Annual administration report of the Civil Veterinary Department of India - 1896-1897
Year: 1896
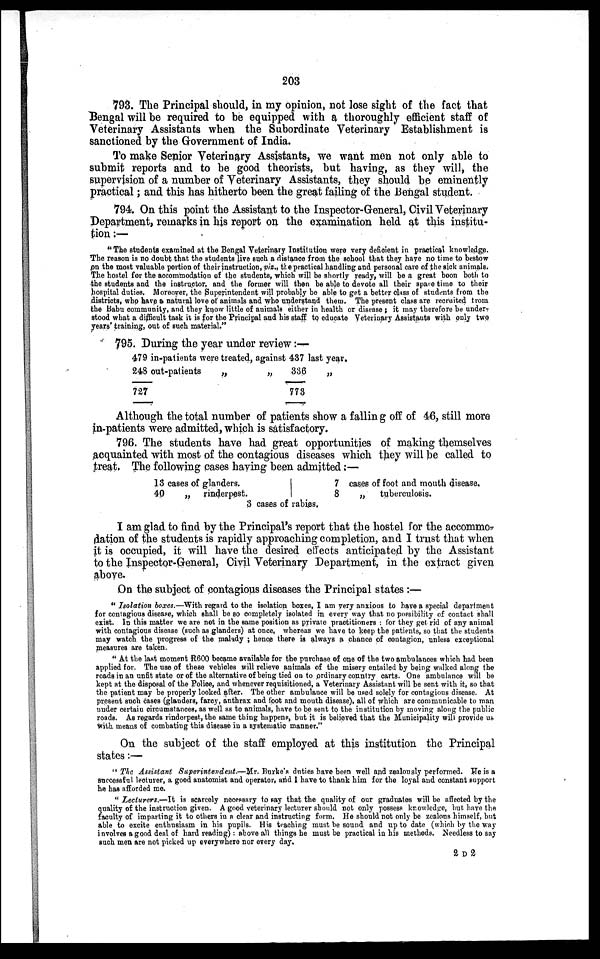
203
793. The Principal should, in my opinion, not lose sight of the fact that
Bengal will be required to be equipped with a thoroughly efficient staff of
Veterinary Assistants when the Subordinate Veterinary Establishment is
sanctioned by the Government of India.
To make Senior Veterinary Assistants, we want men not only able to
submit reports and to be good theorists, but having, as they will, the
supervision of a number of Veterinary Assistants, they should be eminently
practical; and this has hitherto been the great failing of the Bengal student.
794. On this point the Assistant to the Inspector-General, Civil Veterinary
Department, remarks in his report on the examination held at this institu-
tion :—
" The students examined at the Bengal Veterinary Institution were very deficient in practical knowledge.
The reason is no doubt that the students live such a distance from the school that they have no time to bestow
on the most valuable portion of their instruction, viz., the practical handling and personal care of the sick animals.
The hostel for the accommodation of the students, which will be shortly ready, will be a great boon both to
the students and the instructor, and the former will then be able to devote all their spare time to their
hospital duties. Moreover, the Superintendent will probably be able to get a better class of students from the
districts, who have a natural love of animals and who understand them. The present class are recruited from
the Babu community, and they know little of animals either in health or disease; it may therefore be under-
stood what a difficult task it is for the Principal and his staff to educate Veterinary Assistants with only two
years' training, out of such material."
795. During the year under review:—
479 in-patients were treated, against 437 last year.
248 out-patients
„
„
727
336
773
„
Although the total number of patients show a falling off of 46, still more
in-patients were admitted, which is satisfactory.
796. The students have had great opportunities of making themselves
acquainted with most of the contagious diseases which they will be called to
treat. The following cases having been admitted :—
13 cases of glanders.
40
„
rinderpest.
7 cases of foot and mouth disease.
8
„
tuberculosis.
3 cases of rabies.
I am glad to find by the Principal's report that the hostel for the accommo-
dation of the students is rapidly approaching completion, and I trust that when
it is occupied, it will have the desired effects anticipated by the Assistant
to the Inspector-General, Civil Veterinary Department, in the extract given
above.
On the subject of contagious diseases the Principal states:—
" Isolation boxes.—With regard to the isolation boxes, I am very anxious to have a special department
for contagious disease, which shall be so completely isolated in every way that no possibility of contact shall
exist. In this matter we are not in the same position as private practitioners: for they get rid of any animal
with contagious disease (such as glanders) at once, whereas we have to keep the patients, so that the students
may watch the progress of the malady; hence there is always a chance of contagion, unless exceptional
measures are taken.
" At the last moment R600 became available for the purchase of one of the two ambulances which had been
applied for. The use of these vehicles will relieve animals of the misery entailed by being walked along the
roads in an unfit state or of the alternative of being tied on to ordinary country carts. One ambulance will be
kept at the disposal of the Police, and whenever requisitioned, a Veterinary Assistant will be sent with it, so that
the patient may be properly looked after. The other ambulance will be used solely for contagious disease. At
present such cases (glanders, farcy, anthrax and foot and mouth disease), all of which are communicable to man
under certain circumstances, as well as to animals, have to be sent to the institution by moving along the public
roads. As regards rinderpest, the same thing happens, but it is believed that the Municipality will provide us
with means of combating this disease in a systematic manner."
On the subject of the staff employed at this institution the Principal
states:—
" The Assistant Superintendent.—Mr. Burke's duties have been well and zealously performed. Be is a
successful lecturer, a good anatomist and operator, and I have to thank him for the loyal and constant support
he has afforded me.
" Lecturers.—It is scarcely necessary to say that the quality of our graduates will be affected by the
quality of the instruction given. A good veterinary lecturer should not only possess knowledge, but have the
faculty of imparting it to others in a clear and instructing form. He should not only be zealous himself, but
able to excite enthusiasm in his pupils. His teaching must be sound and up to date (which by the way
involves a good deal of hard reading): above all things he must be practical in his methods. Needless to say
such men are not picked up everywhere nor every day.
2 D 2